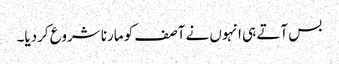
بس آتے ہی انہوں نے آصف کو مارنا شروع کردیا۔